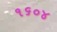
૧૬૦૪